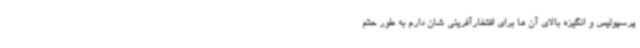
پرسپولیس و انگیزه بالای آن ها برای افتخارآفرینی شان دارم به طور حتم